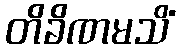
တိခိဏမသိံ